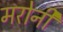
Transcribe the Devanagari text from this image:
मरोनी